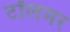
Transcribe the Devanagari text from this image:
टॉलमर